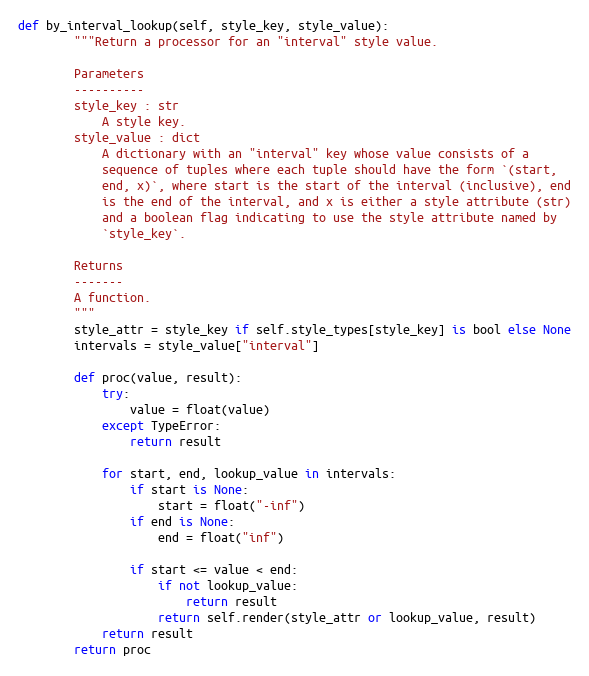
Language: Python
def by_interval_lookup(self, style_key, style_value):
        """Return a processor for an "interval" style value.

        Parameters
        ----------
        style_key : str
            A style key.
        style_value : dict
            A dictionary with an "interval" key whose value consists of a
            sequence of tuples where each tuple should have the form `(start,
            end, x)`, where start is the start of the interval (inclusive), end
            is the end of the interval, and x is either a style attribute (str)
            and a boolean flag indicating to use the style attribute named by
            `style_key`.

        Returns
        -------
        A function.
        """
        style_attr = style_key if self.style_types[style_key] is bool else None
        intervals = style_value["interval"]

        def proc(value, result):
            try:
                value = float(value)
            except TypeError:
                return result

            for start, end, lookup_value in intervals:
                if start is None:
                    start = float("-inf")
                if end is None:
                    end = float("inf")

                if start <= value < end:
                    if not lookup_value:
                        return result
                    return self.render(style_attr or lookup_value, result)
            return result
        return proc